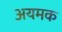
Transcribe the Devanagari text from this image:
अयमक